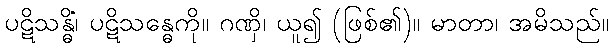
ပဋိသန္ဓိံ၊ ပဋိသန္ဓေကို။ ဂဏှိ၊ ယူ၍ (ဖြစ်၏)။ မာတာ၊ အမိသည်။